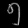
Digit: ၅